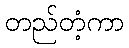
တည်တံ့ကာ